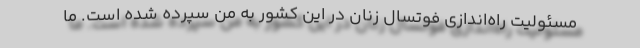
مسئولیت راه‌اندازی فوتسال زنان در این کشور به من سپرده شده است. ما